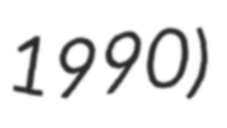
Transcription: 1990)